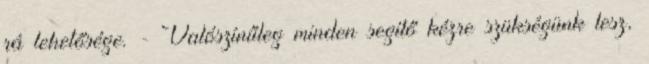
rá lehetősége. - Valószínűleg minden segítő kézre szükségünk lesz,